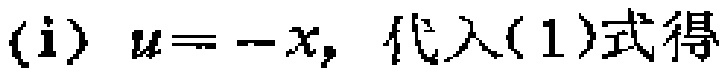
(i) \(u = -x,\) 代入(1)式得